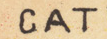
CAT